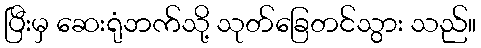
ပြီးမှ ဆေးရုံဘက်သို့ သုတ်ခြေတင်သွား သည်။